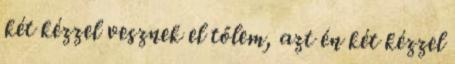
két kézzel vesznek el tőlem, azt én két kézzel